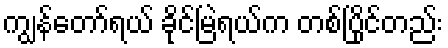
ကျွန်တော်ရယ် ခိုင်မြဲရယ်က တစ်ပြိုင်တည်း